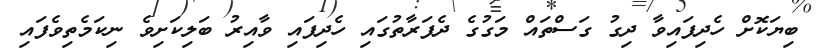
ބިޔަކޮށް ހެދިފައިވާ ދިގު ގަސްތައް މަގުގެ ދެފަރާތުގައި ހެދިފައި ވާއިރު ބަލިކަށިވެ ނިކަމެތިވެފައި